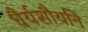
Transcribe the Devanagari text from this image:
धैर्यशौर्याने